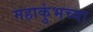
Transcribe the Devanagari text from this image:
महाकुंभच्या